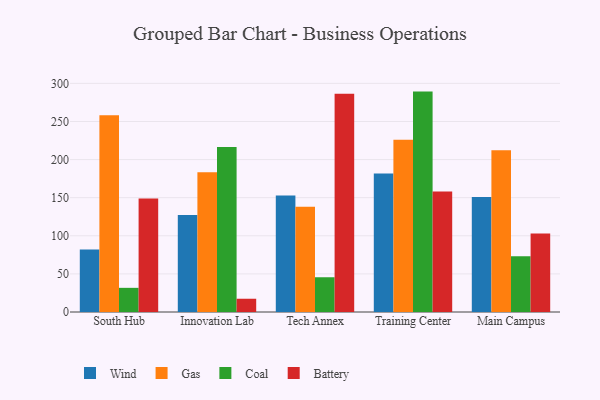
{"axis": {"x": "Campus", "y": "Operating Costs (USD K)"}, "legend": ["Battery", "Coal", "Gas", "Wind"], "data": [{"x": "South Hub", "y": 82.1, "type": "Wind"}, {"x": "South Hub", "y": 258.1, "type": "Gas"}, {"x": "South Hub", "y": 31.7, "type": "Coal"}, {"x": "South Hub", "y": 149.0, "type": "Battery"}, {"x": "Innovation Lab", "y": 127.2, "type": "Wind"}, {"x": "Innovation Lab", "y": 183.4, "type": "Gas"}, {"x": "Innovation Lab", "y": 216.6, "type": "Coal"}, {"x": "Innovation Lab", "y": 17.4, "type": "Battery"}, {"x": "Tech Annex", "y": 153.0, "type": "Wind"}, {"x": "Tech Annex", "y": 138.0, "type": "Gas"}, {"x": "Tech Annex", "y": 45.6, "type": "Coal"}, {"x": "Tech Annex", "y": 286.5, "type": "Battery"}, {"x": "Training Center", "y": 181.6, "type": "Wind"}, {"x": "Training Center", "y": 226.1, "type": "Gas"}, {"x": "Training Center", "y": 289.2, "type": "Coal"}, {"x": "Training Center", "y": 158.1, "type": "Battery"}, {"x": "Main Campus", "y": 151.0, "type": "Wind"}, {"x": "Main Campus", "y": 212.1, "type": "Gas"}, {"x": "Main Campus", "y": 73.3, "type": "Coal"}, {"x": "Main Campus", "y": 103.1, "type": "Battery"}]}